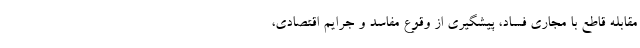
مقابله قاطع با مجاری فساد، پیشگیری از وقوع مفاسد و جرایم اقتصادی،